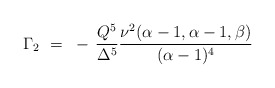
\begin{align*}\Gamma_2 ~=~ - \, \frac{Q^5}{\Delta^5} \frac{\nu^2(\alpha-1,\alpha-1,\beta)}{(\alpha-1)^4}\end{align*}